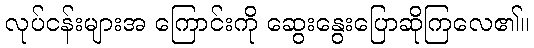
လုပ်ငန်းများအ ကြောင်းကို ဆွေးနွေးပြောဆိုကြလေ၏။